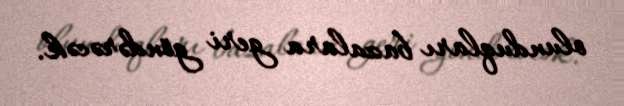
olunduqları bazalara geri göndərəcək.